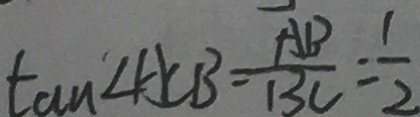
\tan \angle A C B = \frac { A B } { B C } = \frac { 1 } { 2 }